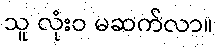
သူ လုံးဝ မဆက်လာ။